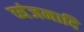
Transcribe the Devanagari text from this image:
व्यंजनादि